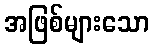
အဖြစ်များသော